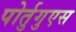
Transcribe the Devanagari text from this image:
पोर्तुगुएस